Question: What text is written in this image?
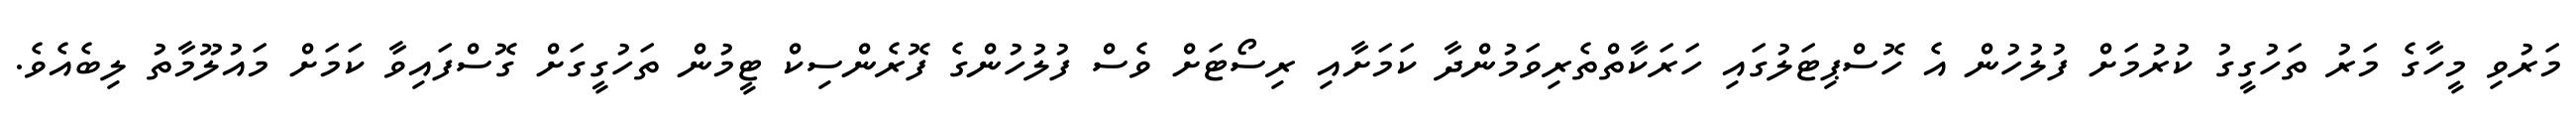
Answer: މަރުވި މީހާގެ މަރު ތަހުގީގު ކުރުމަށް ފުލުހުން އެ ހޮސްޕިޓަލުގައި ހަރަކާތްތެރިވަމުންދާ ކަމަށާއި ރިސޯޓަށް ވެސް ފުލުހުންގެ ފޮރެންސިކް ޓީމުން ތަހުގީގަށް ގޮސްފައިވާ ކަމަށް މައުލޫމާތު ލިބެއެވެ.